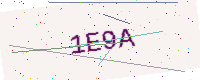
Text: 1E9A